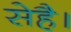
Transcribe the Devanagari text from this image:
सेहै।